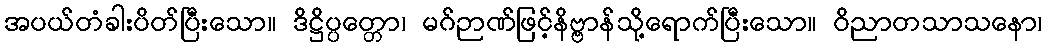
အပယ်တံခါးပိတ်ပြီးသော။ ဒိဋ္ဌိပ္ပတ္တော၊ မဂ်ဉာဏ်ဖြင့်နိဗ္ဗာန်သို့ရောက်ပြီးသော။ ဝိညာတသာသနော၊